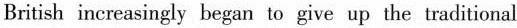
British increasingly began to give up the traditional